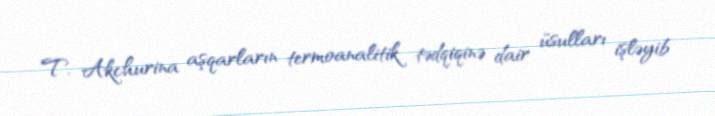
T. Akchurina aşqarların termoanalitik tədqiqinə dair üsulları işləyib